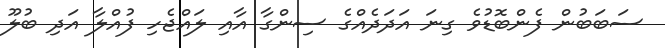
ސަބަބުން ފެންބޮޑުވެ ގިނަ އަދަދެއްގެ ސިންގާ އާއި ލައްޖެހި ފުއްލާ އަދި ބުލޫ